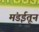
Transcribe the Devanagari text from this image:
मंडईतून